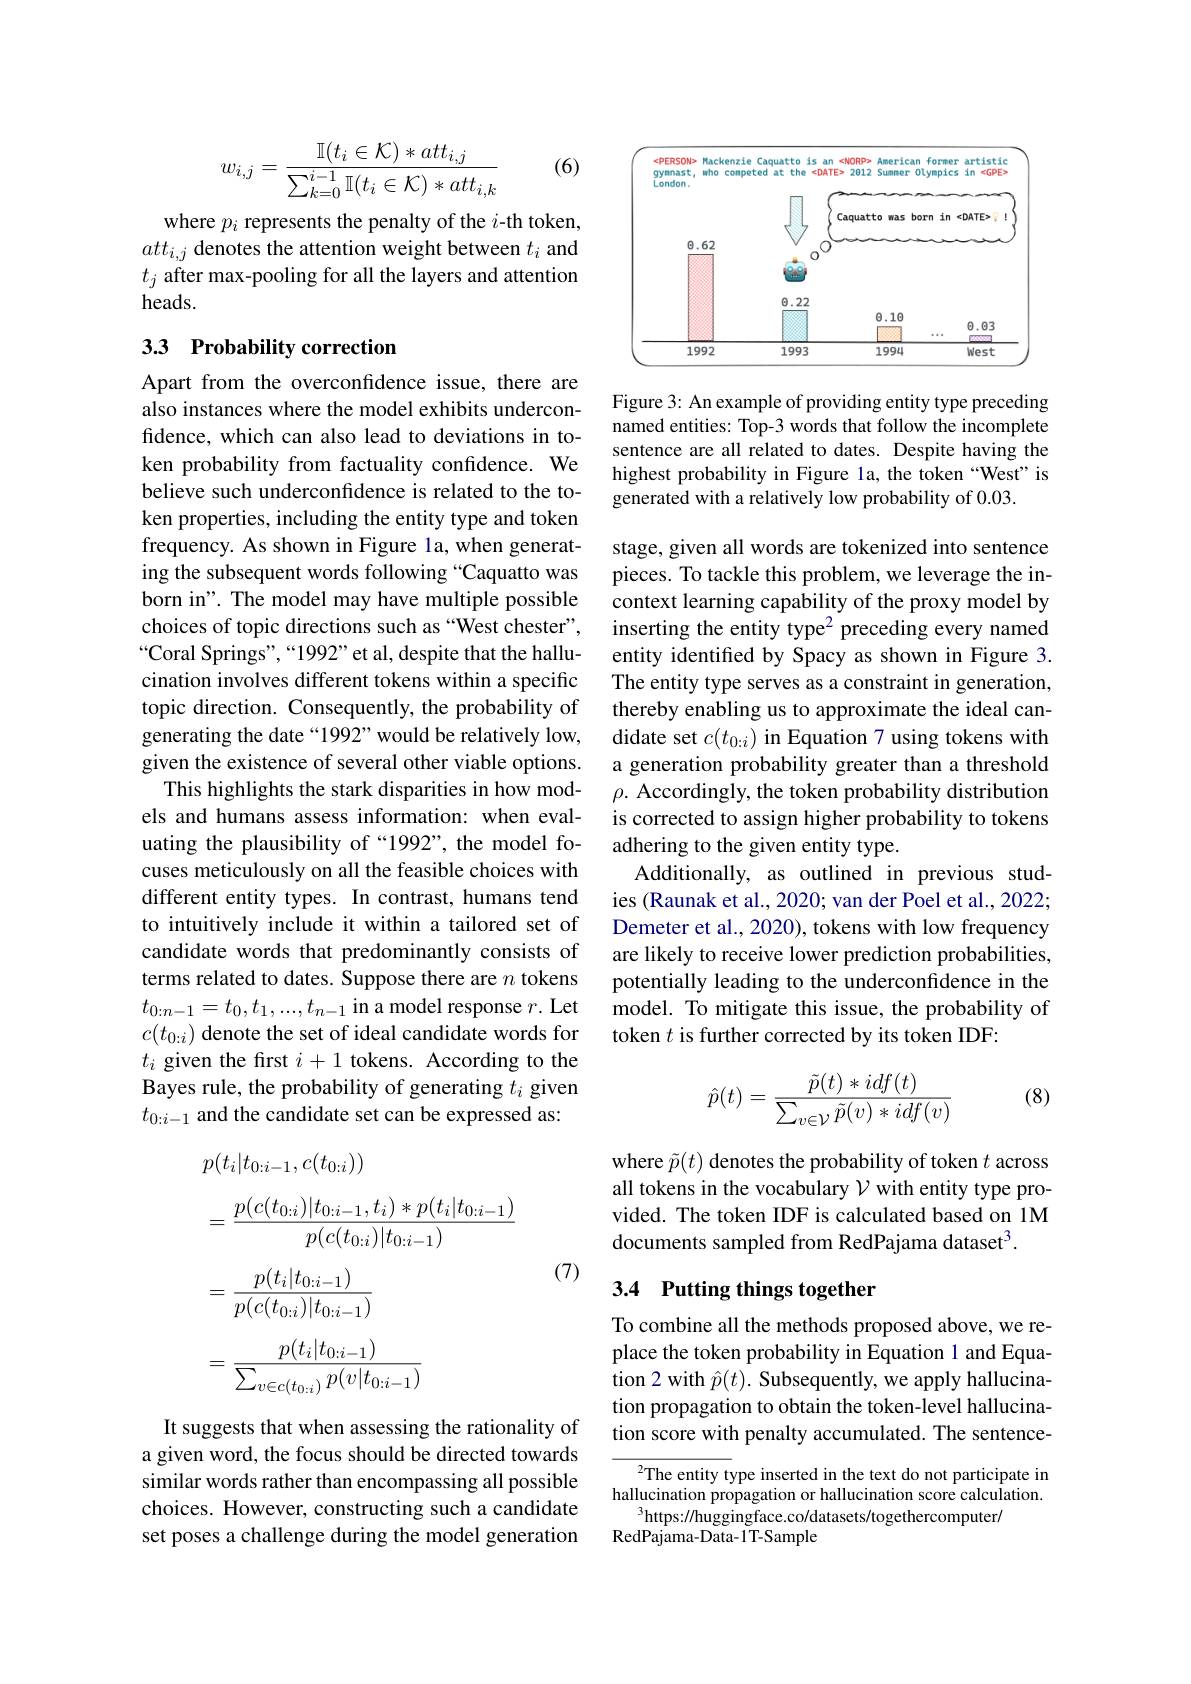
(6)
$$w_{i,j}=\frac{\mathbb{I}(t_i\in\mathcal{K})*att_{i,j}}{\sum_{k=0}^{i-1}\mathbb{I}(t_i\in\mathcal{K})*att_{i,k}}$$
where $p_i$ represents the penalty of the $i$-th token, $att_{i,j}$ denotes the attention weight between $t_i$ and $t_j$ after max-pooling for all the layers and attention heads.

## 33 Probability correction

Apart from the overconfidence issue, there are also instances where the model exhibits underconfidence, which can also lead to deviations in token probability from factuality confidence. We believe such underconfidence is related to the token properties, including the entity type and token frequency. As shown in Figure la, when generating the subsequent words following “Caquatto was born in". The model may have multiple possible choices of topic directions such as “West chester”, “Coral Springs",“1992”et al, despite that the hallucination involves different tokens within a specific topic direction. Consequently, the probability of generating the date “1992”would be relatively low, given the existence of several other viable options.
This highlights the stark disparities in how models and humans assess information: when evaluating the plausibility of “1992”, the model focuses meticulously on all the feasible choices with different entity types. In contrast, humans tend to intuitively include it within a tailored set of candidate words that predominantly consists of terms related to dates. Suppose there are $n$ tokens $t_{0:n-1}=t_0,t_1,...,t_{n-1}$ in a model response $r.$ Let $c(t_{0:i})$ denote the set of ideal candidate words for $t_i$ given the first $i+1$ tokens. According to the Bayes rule, the probability of generating $t_i$ given $t_{0:i-1}$ and the candidate set can be expressed as:
$$\begin{aligned}&p(t_{i}|t_{0:i-1},c(t_{0:i}))\\&=\frac{p(c(t_{0:i})|t_{0:i-1},t_{i})*p(t_{i}|t_{0:i-1})}{p(c(t_{0:i})|t_{0:i-1})}\\&=\frac{p(t_i|t_{0:i-1})}{p(c(t_{0:i})|t_{0:i-1})}\\&=\frac{p(t_i|t_{0:i-1})}{\sum_{v\in c(t_{0:i})}p(v|t_{0:i-1})}\end{aligned}$$
(7)

It suggests that when assessing the rationality of a given word, the focus should be directed towards similar words rather than encompassing all possible choices. However, constructing such a candidate set poses a challenge during the model generation

<FigureHere>

Figure 3: An example of providing entity type preceding named entities: Top-3 words that follow the incomplete sentence are all related to dates. Despite having the highest probability in Figure la, the token“West”is generated with a relatively low probability of 0.03.

stage, given all words are tokenized into sentence pieces. To tackle this problem, we leverage the incontext learning capability of the proxy model by inserting the entity type$^2$ preceding every named entity identifed by Spacy as shown in Figure 3. The entity type serves as a constraint in generation, thereby enabling us to approximate the ideal candidate set $c(t_{0:i})$ in Equation 7 using tokens with a generation probability greater than a threshold $\rho.$ Accordingly, the token probability distribution is corrected to assign higher probability to tokens adhering to the given entity type.
Additionally, as outlined in previous studies (Raunak et al., 2020; van der Poel et al., 2022; Demeter et al., 2020), tokens with low frequency are likely to receive lower prediction probabilities, potentially leading to the underconfidence in the model. To mitigate this issue, the probability of token $t$ is further corrected by its token IDF:

(8)
$$\hat{p}(t)=\frac{\tilde{p}(t)*idf(t)}{\sum_{v\in\mathcal{V}}\tilde{p}(v)*idf(v)}$$
where $\tilde{p}(t)$ denotes the probability of token $t$ across all tokens in the vocabulary $\mathcal{V}$ with entity type provided. The token IDF is calculated based on 1M documents sampled from RedPajama dataset$^{3}.$

# 3.4 Putting things together

To combine all the methods proposed above, we replace the token probability in Equation 1 and Equation 2 with $\hat{p}(t).$ Subsequently, we apply hallucination propagation to obtain the token-level hallucination score with penalty accumulated. The sentence-

$^{2}$The entity type inserted in the text do not participate in hallucination propagation or hallucination score calculation.
$^{3}$https://huggingface.co/datasets/togethercomputer/
RedPajama-Data-1T-Sample